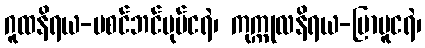
ဂူထနိရယ-မစင်ဘင်ပုပ်ငရဲ၊ ကုက္ကုလနိရယ-ပြာပူငရဲ၊